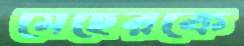
মেহেরকে